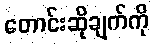
တောင်းဆိုချက်ကို